Vaccination in the Punjab 1905-1918 - 1905-1918
Year: 1905
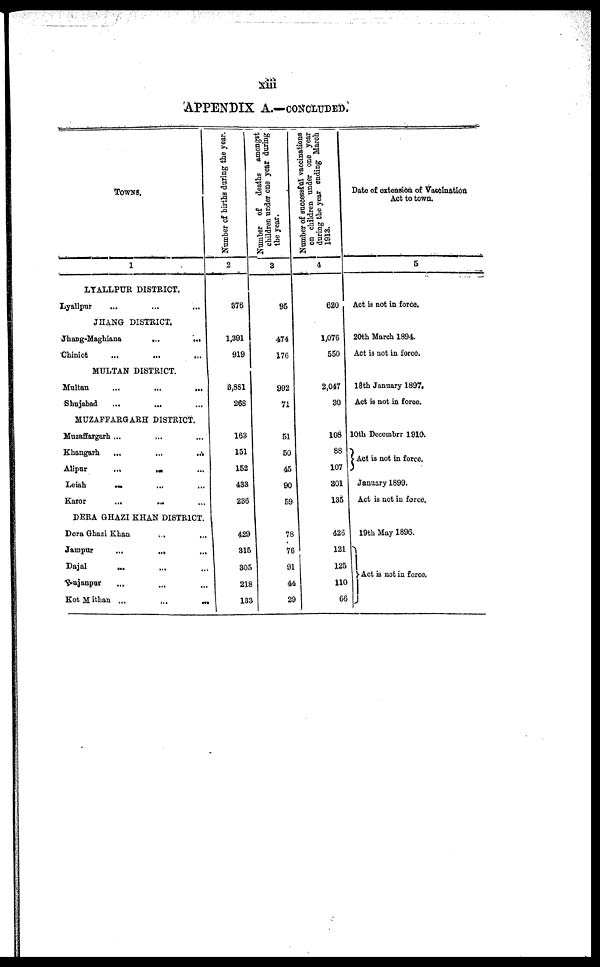
xiii
APPENDIX A.—CONCLUDED.
TOWNS.
1
LYALLPUR DISTRICT.
Lyallpur ... ... ...
JHANG DISTRICT.
Jhang-Maghiana
...
...
Chiniot
...
...
...
MULTAN DISTRICT.
Multan
...
...
...
Shujabad
... ... ...
MUZAFFARGARH DISTRICT.
Muzaffargarh ... ... ...
Khangarh
...
...
...
Alipur
...
... ...
Leiah
... ... ...
Karor ... ... ...
DERA GHAZI KHAN DISTRICT.
Dera Ghazi Khan ... ...
Jampar
...
... ... ...
Dajal
...
...
...
Rajanpur ... ... ...
Kot Mithan ...
...
...
Number of births during the year.
2
376
1,391
919
3,881
268
163
151
152
433
236
429
315
305
218
133
Number of
deaths amongst
children under one year during
the year.
3
95
474
176
992
71
51
50
45
90
59
78
76
91
44
29
Number of successful vaccinations
on children under one year
during the year ending March
1913.
4
620
1,076
550
2,047
30
108
88
107
301
135
426
121
125
110
66
Date of extension of Vaccination
Act to town.
5
Act is not in force.
20th March 1894.
Act is not in force.
18th January 1897.
Act is not in force.
10th Decembrr 1910.
Act is not in force.
January 1899.
Act is not in force.
19th May 1896.
Act is not in force